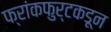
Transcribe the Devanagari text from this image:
फ्रांकफुर्टकडून